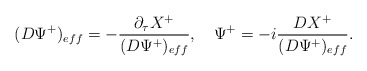
\begin{align*}(D\Psi^+)_{eff}=-{{\partial_\tau X^+}\over{(D\Psi^+)_{eff}}},\quad \Psi^+=-i{{DX^+}\over{(D\Psi^+)_{eff}}}.\end{align*}